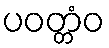
ပဝတ္တံဝ